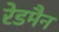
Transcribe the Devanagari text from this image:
रेडमैन